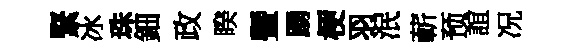
緊冰珠鈿政睽曁踴梗羽泯蔪预誼况